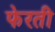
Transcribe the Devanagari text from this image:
फेरती